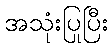
အသုံးပြုပြီး